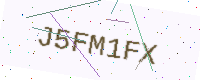
Text: J5FM1FX